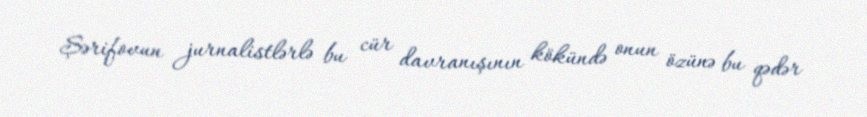
Şərifovun jurnalistlərlə bu cür davranışının kökündə onun özünə bu qədər